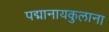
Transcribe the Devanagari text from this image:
पद्मानायकुलाना